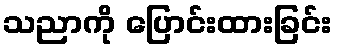
သညာကို ပြောင်းထားခြင်း